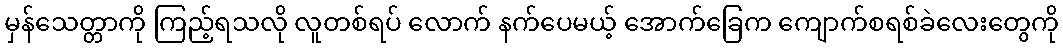
မှန်သေတ္တာကို ကြည့်ရသလို လူတစ်ရပ် လောက် နက်ပေမယ့် အောက်ခြေက ကျောက်စရစ်ခဲလေးတွေကို